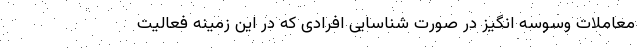
معاملات وسوسه‌ انگیز در صورت شناسایی افرادی که در این زمینه فعالیت